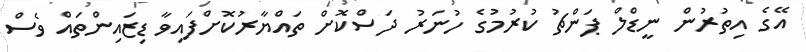
އޭގެ އިތުރުން ނީޑްލް ޕަންޗު ކުރުމުގެ ހުނަރު ދަސްކޮށް ތައްޔާރުކޮށްފައިވާ ޑިޒައިންތައް ވެސް